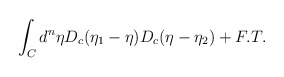
\begin{align*}\int_Cd^n\eta D_c(\eta_1 - \eta)D_c(\eta - \eta_2)+ F. T.\end{align*}